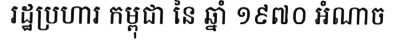
រដ្ឋប្រហារ កម្ពុជា នៃ ឆ្នាំ ១៩៧០ អំណាច